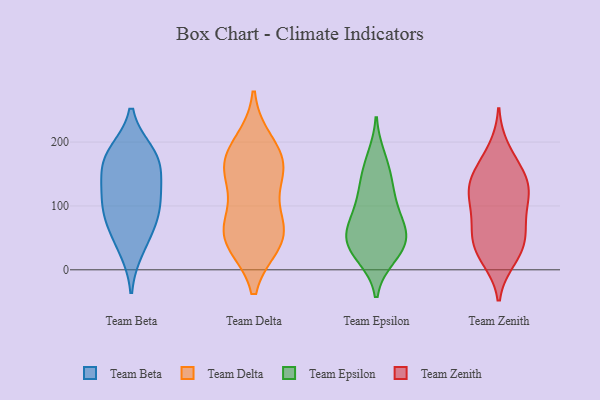
{"axis": {"x": "Energy Usage (MWh)", "y": "Value"}, "legend": ["Team Beta", "Team Delta", "Team Epsilon", "Team Zenith"], "data": [{"x": "", "y": 62, "type": "Team Beta"}, {"x": "", "y": 175, "type": "Team Beta"}, {"x": "", "y": 183, "type": "Team Beta"}, {"x": "", "y": 85, "type": "Team Beta"}, {"x": "", "y": 33, "type": "Team Beta"}, {"x": "", "y": 152, "type": "Team Beta"}, {"x": "", "y": 93, "type": "Team Beta"}, {"x": "", "y": 127, "type": "Team Beta"}, {"x": "", "y": 176, "type": "Team Beta"}, {"x": "", "y": 113, "type": "Team Beta"}, {"x": "", "y": 198, "type": "Team Delta"}, {"x": "", "y": 147, "type": "Team Delta"}, {"x": "", "y": 161, "type": "Team Delta"}, {"x": "", "y": 45, "type": "Team Delta"}, {"x": "", "y": 174, "type": "Team Delta"}, {"x": "", "y": 43, "type": "Team Delta"}, {"x": "", "y": 54, "type": "Team Delta"}, {"x": "", "y": 61, "type": "Team Delta"}, {"x": "", "y": 159, "type": "Team Delta"}, {"x": "", "y": 84, "type": "Team Delta"}, {"x": "", "y": 28, "type": "Team Epsilon"}, {"x": "", "y": 43, "type": "Team Epsilon"}, {"x": "", "y": 114, "type": "Team Epsilon"}, {"x": "", "y": 174, "type": "Team Epsilon"}, {"x": "", "y": 54, "type": "Team Epsilon"}, {"x": "", "y": 89, "type": "Team Epsilon"}, {"x": "", "y": 69, "type": "Team Epsilon"}, {"x": "", "y": 153, "type": "Team Epsilon"}, {"x": "", "y": 63, "type": "Team Epsilon"}, {"x": "", "y": 39, "type": "Team Epsilon"}, {"x": "", "y": 22, "type": "Team Epsilon"}, {"x": "", "y": 126, "type": "Team Epsilon"}, {"x": "", "y": 111, "type": "Team Zenith"}, {"x": "", "y": 51, "type": "Team Zenith"}, {"x": "", "y": 166, "type": "Team Zenith"}, {"x": "", "y": 21, "type": "Team Zenith"}, {"x": "", "y": 142, "type": "Team Zenith"}, {"x": "", "y": 68, "type": "Team Zenith"}, {"x": "", "y": 45, "type": "Team Zenith"}, {"x": "", "y": 188, "type": "Team Zenith"}, {"x": "", "y": 145, "type": "Team Zenith"}, {"x": "", "y": 71, "type": "Team Zenith"}, {"x": "", "y": 34, "type": "Team Zenith"}, {"x": "", "y": 124, "type": "Team Zenith"}, {"x": "", "y": 17, "type": "Team Zenith"}, {"x": "", "y": 136, "type": "Team Zenith"}, {"x": "", "y": 117, "type": "Team Zenith"}, {"x": "", "y": 98, "type": "Team Zenith"}]}